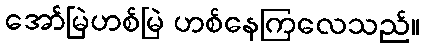
အော်မြဲဟစ်မြဲ ဟစ်နေကြလေသည်။